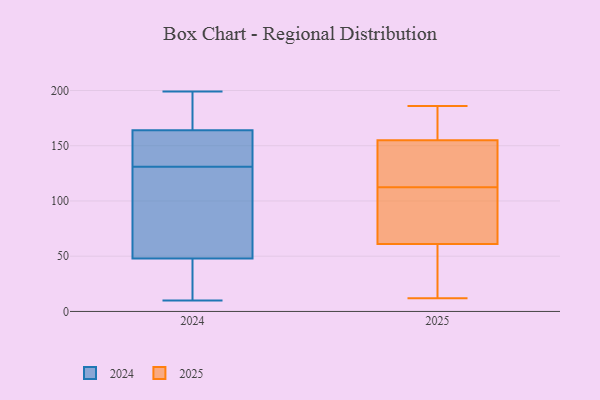
{"axis": {"x": "Inventory Turnover", "y": "Value"}, "legend": ["2024", "2025"], "data": [{"x": "", "y": 65, "type": "2025"}, {"x": "", "y": 112, "type": "2025"}, {"x": "", "y": 102, "type": "2025"}, {"x": "", "y": 84, "type": "2025"}, {"x": "", "y": 12, "type": "2025"}, {"x": "", "y": 116, "type": "2025"}, {"x": "", "y": 131, "type": "2025"}, {"x": "", "y": 99, "type": "2025"}, {"x": "", "y": 186, "type": "2025"}, {"x": "", "y": 177, "type": "2025"}, {"x": "", "y": 186, "type": "2025"}, {"x": "", "y": 35, "type": "2025"}, {"x": "", "y": 136, "type": "2025"}, {"x": "", "y": 23, "type": "2025"}, {"x": "", "y": 173, "type": "2025"}, {"x": "", "y": 57, "type": "2025"}, {"x": "", "y": 144, "type": "2025"}, {"x": "", "y": 166, "type": "2025"}, {"x": "", "y": 113, "type": "2025"}, {"x": "", "y": 42, "type": "2025"}, {"x": "", "y": 45, "type": "2024"}, {"x": "", "y": 48, "type": "2024"}, {"x": "", "y": 74, "type": "2024"}, {"x": "", "y": 129, "type": "2024"}, {"x": "", "y": 199, "type": "2024"}, {"x": "", "y": 166, "type": "2024"}, {"x": "", "y": 10, "type": "2024"}, {"x": "", "y": 151, "type": "2024"}, {"x": "", "y": 133, "type": "2024"}, {"x": "", "y": 164, "type": "2024"}]}